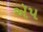
ઍપ